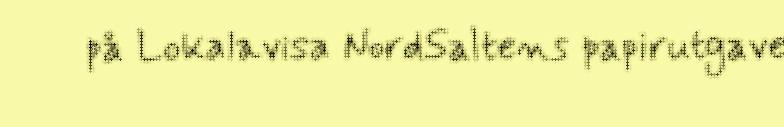
på Lokalavisa NordSaltens papirutgave